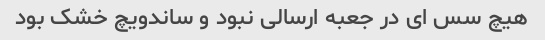
هیچ سس ای در جعبه ارسالی نبود و ساندویچ خشک بود